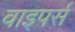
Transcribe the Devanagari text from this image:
वाइपर्स